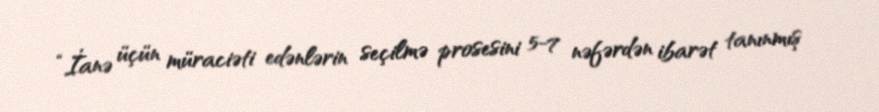
“İanə üçün müraciəti edənlərin seçilmə prosesini 5-7 nəfərdən ibarət tanınmış